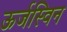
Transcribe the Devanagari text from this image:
ऊर्जस्विन